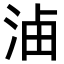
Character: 𣵔